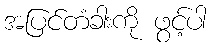
အပြင်တံခါးကို ဖွင့်ပါ